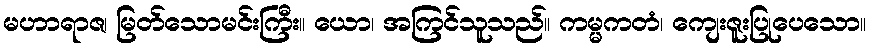
မဟာရာဇ၊ မြတ်သောမင်းကြီး။ ယော၊ အကြင်သူသည်။ ကမ္မကတံ၊ ကျေးဇူးပြုပေသော။